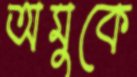
অমুকে